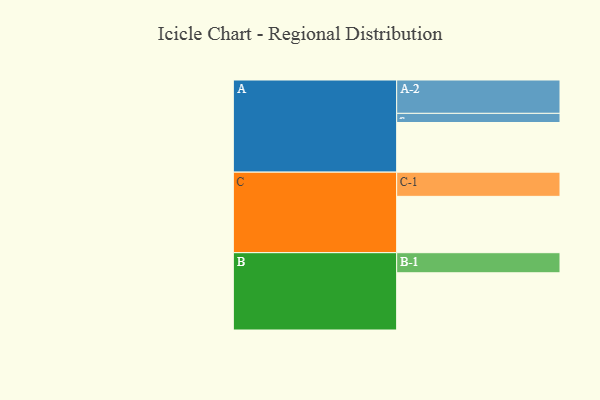
{"axis": {"x": "Segment", "y": "Value"}, "legend": ["", "A", "B", "C"], "data": [{"x": "A", "y": 445, "type": ""}, {"x": "B", "y": 513, "type": ""}, {"x": "C", "y": 505, "type": ""}, {"x": "A-1", "y": 82, "type": "A"}, {"x": "A-2", "y": 299, "type": "A"}, {"x": "B-1", "y": 180, "type": "B"}, {"x": "C-1", "y": 217, "type": "C"}]}